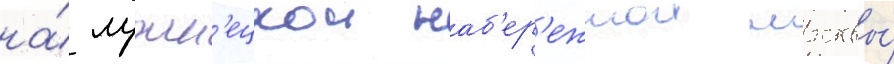
на́ лужн'ецкои наб'ер'ежнои москвы́